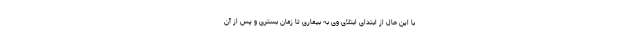
با این حال از ابتدای ابتلای وی به بیماری تا زمان بستری و پس از آن